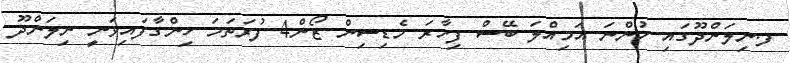
ފ.ނިލަންދޫގައި ހުންނަ އަމިއްލަ ބޭސް ފިހާރަ މެޑިސިން ޒޯން4 ފުރަތަމަ ހިންގާފައިވަނީ ނިލަންދޫ